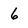
Character: 6